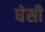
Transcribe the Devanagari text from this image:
घेसी